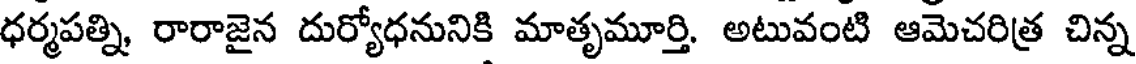
ధర్మపత్ని, రారాజైన దుర్యోధనునికి మాతృమూర్తి. అటువంటి ఆమెచరిత్ర చిన్న